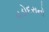
વડોદરાનો